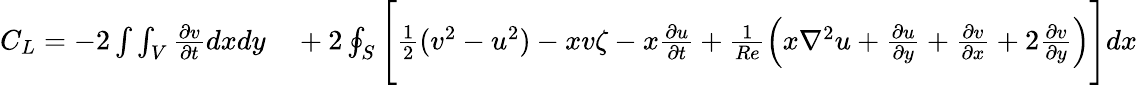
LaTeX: \begin{array}{rl}{C_{L}=-2\int\int_{V}\frac{\partial v}{\partial t}dxdy}&{{}+2\oint_{S}\Bigg[\frac{1}{2}(v^{2}-u^{2})-xv\zeta-x\frac{\partial u}{\partial t}+\frac{1}{Re}\Big(x\nabla^{2}u+\frac{\partial u}{\partial y}+\frac{\partial v}{\partial x}+2\frac{\partial v}{\partial y}\Big)\Bigg]dx}\end{array}